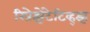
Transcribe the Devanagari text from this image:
रिप्रेझेंटेटिव्ह्झ